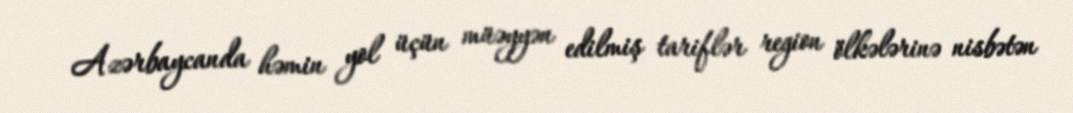
Azərbaycanda həmin yol üçün müəyyən edilmiş tariflər region ölkələrinə nisbətən